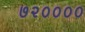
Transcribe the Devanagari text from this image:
७२००००